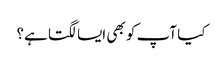
کیا آپ کو بھی ایسا لگتا ہے؟